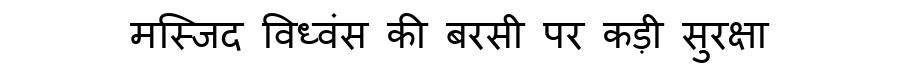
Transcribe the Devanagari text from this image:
मस्जिद विध्वंस की बरसी पर कड़ी सुरक्षा